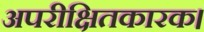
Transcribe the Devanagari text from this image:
अपरीक्षितकारक।